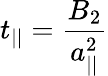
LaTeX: t_{||}=\frac{B_{2}}{a_{||}^{2}}